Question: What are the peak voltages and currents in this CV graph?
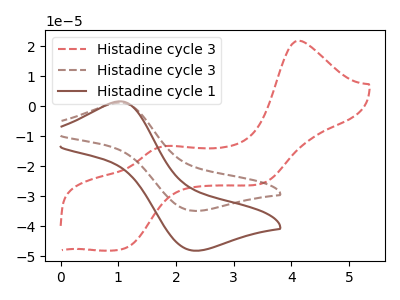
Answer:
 <answer>The red dashed curve "Histadine cycle 3" has anodic peaks at (4.15V, 21.85uA) (1.80V, -13.30uA) and cathodic peaks at (1.10V, -47.40uA) (3.50V, -25.75uA). The brown dashed curve "Histadine cycle 3" has an anodic peak at (1.05V, 1.15uA) and a cathodic peak at (2.30V, -34.90uA). The brown curve "Histadine cycle 1" has an anodic peak at (1.05V, 1.60uA) and a cathodic peak at (2.30V, -48.15uA).</answer>
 <eval></eval>